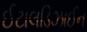
ઈટાલડિઝાઈન